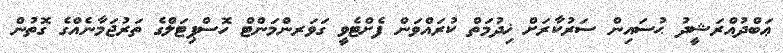
ޢަބްދުއްރަޝީދު ޙުސައިން ސަރުކާރަށް ޚިދުމަތް ކުރައްވަން ފެށްޓެވީ ގަވަރންމަންޓް ހޮސްޕިޓަލްގެ ތަރުޖަމާނެއްގެ ގޮތުން